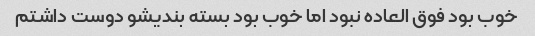
خوب بود فوق العاده نبود اما خوب بود بسته بندیشو دوست داشتم